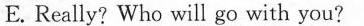
E.Really? Who will go with you?